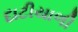
દાટીયાળી